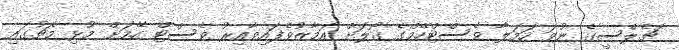
ޗެލްސީގެ ނުވަ ހަމަލާ ވެސްޓްހޭމްގެ ގޯލަށް އަމާޒުވެފައިވާއިރު ވެސްޓް ހޭމަށް މުޅި މެޗުގައި